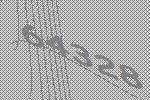
64328